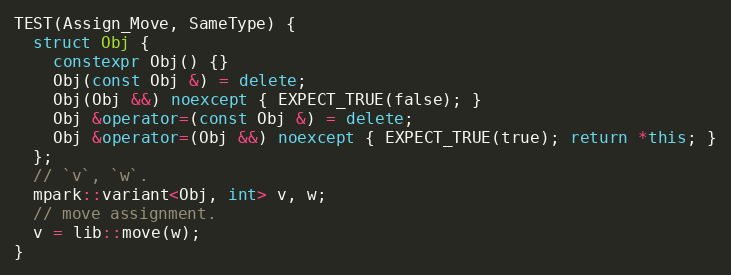
Language: C++
TEST(Assign_Move, SameType) {
  struct Obj {
    constexpr Obj() {}
    Obj(const Obj &) = delete;
    Obj(Obj &&) noexcept { EXPECT_TRUE(false); }
    Obj &operator=(const Obj &) = delete;
    Obj &operator=(Obj &&) noexcept { EXPECT_TRUE(true); return *this; }
  };
  // `v`, `w`.
  mpark::variant<Obj, int> v, w;
  // move assignment.
  v = lib::move(w);
}